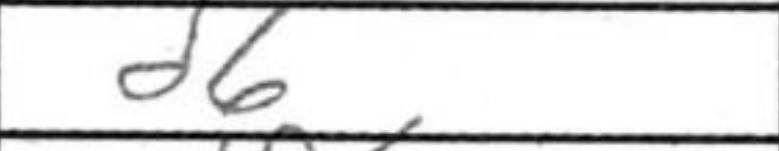
Transcription: d6